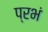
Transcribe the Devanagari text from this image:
प्रभं